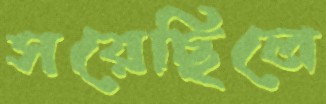
সরেছিলে